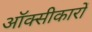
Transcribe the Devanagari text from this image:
ऑक्सीकारों